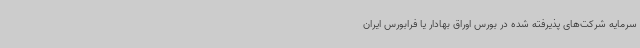
سرمایه شرکت‌های پذیرفته شده در بورس اوراق بهادار یا فرابورس ایران